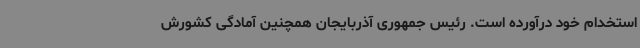
استخدام خود درآورده است. رئیس جمهوری آذربایجان همچنین آمادگی کشورش